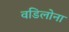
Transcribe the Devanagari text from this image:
वडिलोना